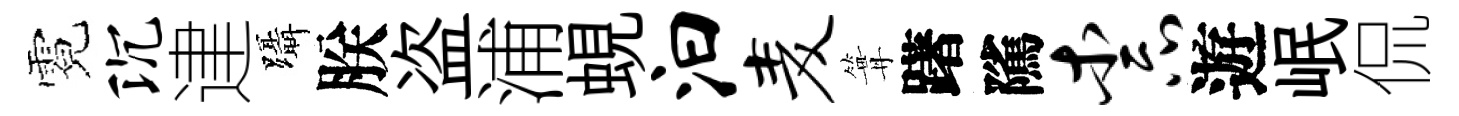
霓沉䢖躡朕盗浦蜆汩麦篝躇隲柰遊岷侃